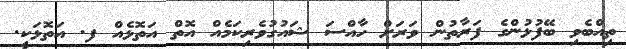
ތިއްބެވި ބޭފުޅުންގެ ފަރާތުން ވަރަށް ހާއްސަ ޝައުގުވެރިކަމެއް އޮތް އަތޮޅެއް ފ. އަތޮޅަކީ.